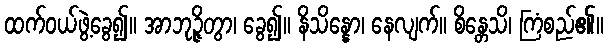
ထက်ဝယ်ဖွဲ့ခွေ၍။ အာဘုဉ္ဇိတွာ၊ ခွေ၍။ နိသိန္နော၊ နေလျက်။ စိန္တေသိ၊ ကြံစည်၏။